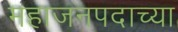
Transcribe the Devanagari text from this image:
महाजनपदाच्या